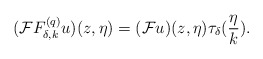
\begin{align*}(\mathcal{F}F^{(q)}_{\delta,k}u)(z,\eta)=(\mathcal{F}u)(z,\eta)\tau_\delta(\frac{\eta}{k}).\end{align*}